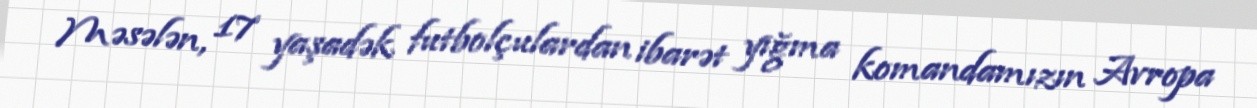
Məsələn, 17 yaşadək futbolçulardan ibarət yığma komandamızın Avropa